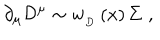
\, \partial _ { \mu } { \cal D } ^ { \mu } \sim w _ { _ D } \left( x \right) \Sigma \, \, ,